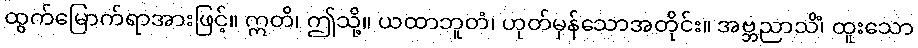
ထွက်မြောက်ရာအားဖြင့်။ ဣတိ၊ ဤသို့။ ယထာဘူတံ၊ ဟုတ်မှန်သောအတိုင်း။ အဗ္ဘညာသိံ၊ ထူးသော